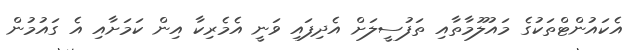
އެކައުންޓްތަކުގެ މައުލޫމާތާއި ތަފުސީލަށް އެދިފައި ވަނީ އެމެރިކާ އިން ކަމަށާއި އެ ގައުމުން